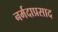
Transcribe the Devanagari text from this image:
नर्मदाप्रसाद